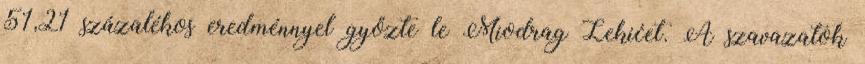
51,21 százalékos eredménnyel győzte le Miodrag Lekićet. A szavazatok